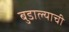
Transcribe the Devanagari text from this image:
बुडाल्याची